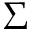
\Sigma